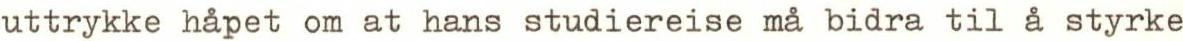
uttrykke håpet om at hans studiereise må bidra til å styrke